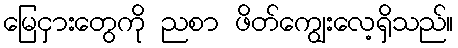
မြေငှားတွေကို ညစာ ဖိတ်ကျွေးလေ့ရှိသည်။